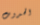
الحدوث